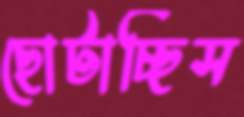
ছোটাচ্ছিস